Newspaper: The Portland daily press. [volume]
Place of publication: Portland, Me.
Publisher: N.A. Foster & Co.
Date: 1880-03-26 00:00:00
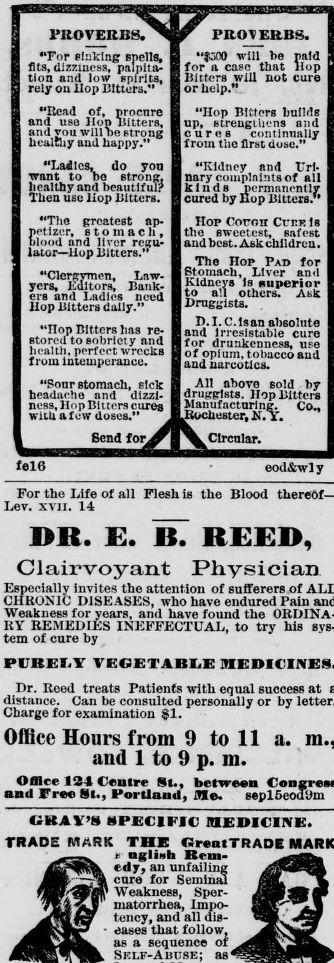
Advertisement text (OCR):
PROVERBS. •Tor sinking spells, fits, dizziness, palpita tion and low spirits, rely ou Hop Bitters." •'Read of, procure and use Hop Bitters, and vou will ne strong healfliy and happy." "Ladles, do you want to bo strong, healthy and beautiful? Then use Jiop Bitters. "The greatest ap petizer, stomach, blood and liver regu lator—llop Bitters." "Clergymen, Law yers, Editors, Bank ers and Ladies need Hop Bitters daily." "Πορ Bitters has re stored to sobriety and health, perfect wrecks from intemperance. "Sour stomach, sick headache and dizzi ness, Hop Bitters cures with a few doses." Send for. feie PROVERBS· will be paid for a case that Hop Bitters will not cure or help." "Hop Bitters builds up, strengthens and cures continually from the first dose." "Kidney and Uri nary complaints of all kinds "permanently cured by Hop Bitters." Hop Cottoti Cuke is the sweetest, safest and best. Ask children. The Hop Pad for Stomach, Liver and Kidneys is superior to all others. Ask Druggists. D. I.e. Is an absolute and lrresistable cure for drunkenness, use of opium, tobacco and and narcotics. All above Bold by druggists. Hop Bitters Manufacturing. Co., Rochester, Ν. Y. .Circular. eod&wl y For the Life of all Flesh is the Blood Lev. xvii. 14 BR. Ε. H. REED, Clairvoyant Physician Especially invites the attention of suiferers of CHRONIC DISEASES, who have endured Pain Weakness for years, and have found the ORDINA RY REMEDIES INEFFECTUAL, to try his sys tem of cure by PURELY VEGETABLE Dr. Reed treats Patients with equal success at distance. Can be consulted personally or by Charge for examination $1. Office Hours from 9 to 11 a. and 1 to 9 p. m. Office 134 Centre St., between and Free St., Portland, Ale. sepl&eoaDm OKAY'S SPECIFIC MEDICINE. TRADE MARK THE OreatTRADE « nglieh Rem edy, an unfailing cure for Seminal Weakness, Sper matorrhea, Impo tency, and all dis eases that follow, as a sequence of . Self-Abuse;
Label: illustrations